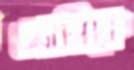
আলিকে